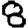
Digit: 8